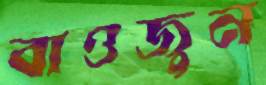
বাওজুন